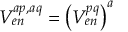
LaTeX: V _ { e n } ^ { a p , a q } = \left( V _ { e n } ^ { p q } \right) ^ { a }